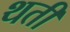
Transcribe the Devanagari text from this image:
थती